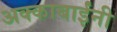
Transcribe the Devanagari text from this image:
अक्काबाईंनी